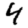
Digit: 4